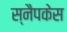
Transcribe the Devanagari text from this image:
स्नैपकेस